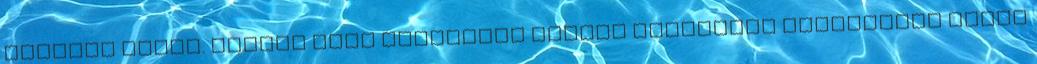
amikről írtál. Vannak néha nagyszerű dolgok látszólag bugyutának szánt